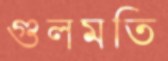
গুলমতি